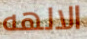
الالهه